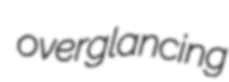
overglancing